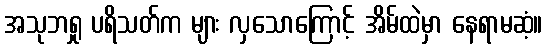
အသုဘရှု ပရိသတ်က များ လှသောကြောင့် အိမ်ထဲမှာ နေရာမဆံ့။